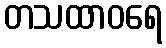
တသထာဝရေ